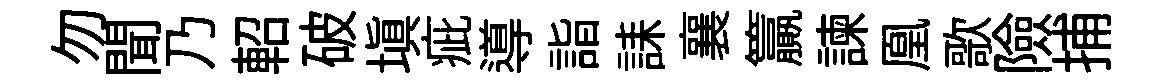
勿聞乃軺破塡疵導詣誄襄籯諫凰歌險捕